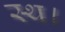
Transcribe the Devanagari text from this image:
स्थ।